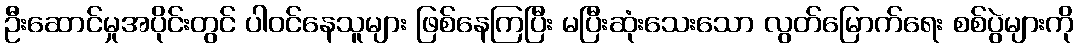
ဦးဆောင်မှုအပိုင်းတွင် ပါဝင်နေသူများ ဖြစ်နေကြပြီး မပြီးဆုံးသေးသော လွတ်မြောက်ရေး စစ်ပွဲများကို